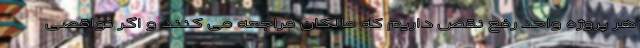
هر پروژه واحد رفع نقص داریم که مالکان مراجعه می کنند و اگر نواقصی